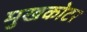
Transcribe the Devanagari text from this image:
मुखकोटर